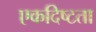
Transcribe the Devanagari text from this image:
एकदिष्टता